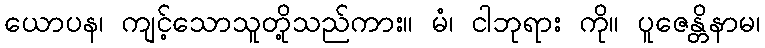
ယောပန၊ ကျင့်သောသူတို့သည်ကား။ မံ၊ ငါဘုရား ကို။ ပူဇေန္တိနာမ၊